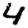
Digit: 4